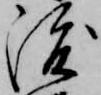
渡